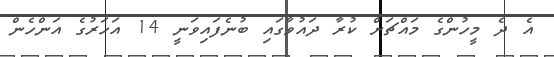
އެ ދެ މީހުންގެ މައްޗަށް ކުރާ ދައުވާގައި ބުނެފައިވަނީ 14 އަހަރުގެ އަންހެން